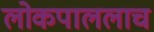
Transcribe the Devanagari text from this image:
लोकपाललाच